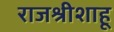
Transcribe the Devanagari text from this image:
राजश्रीशाहू